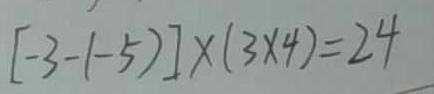
[ - 3 - ( - 5 ) ] \times ( 3 \times 4 ) = 2 4